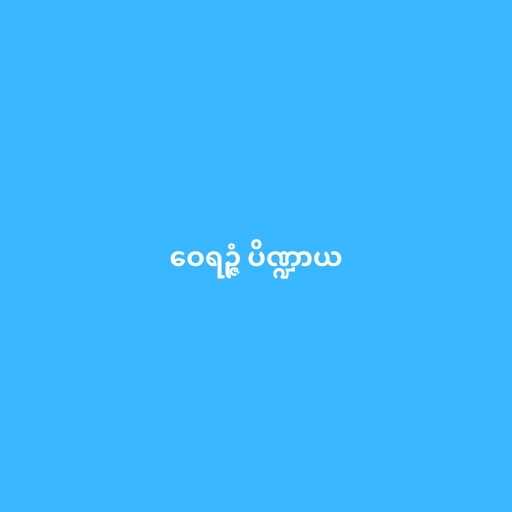
ဝေရဉ္ဇံ ပိဏ္ဍာယ